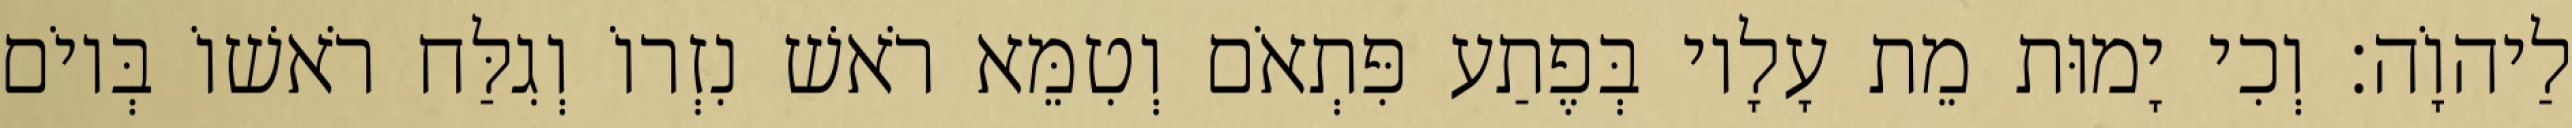
לַיהוָֹה׃ וְכִי יָמוּת מֵת עָלָיו בְּפֶתַע פִּתְאֹם וְטִמֵּא רֹאשׁ נִזְרוֹ וְגִלַּח רֹאשׁוֹ בְּיוֹם